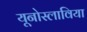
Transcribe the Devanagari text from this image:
यूनोस्लाविया